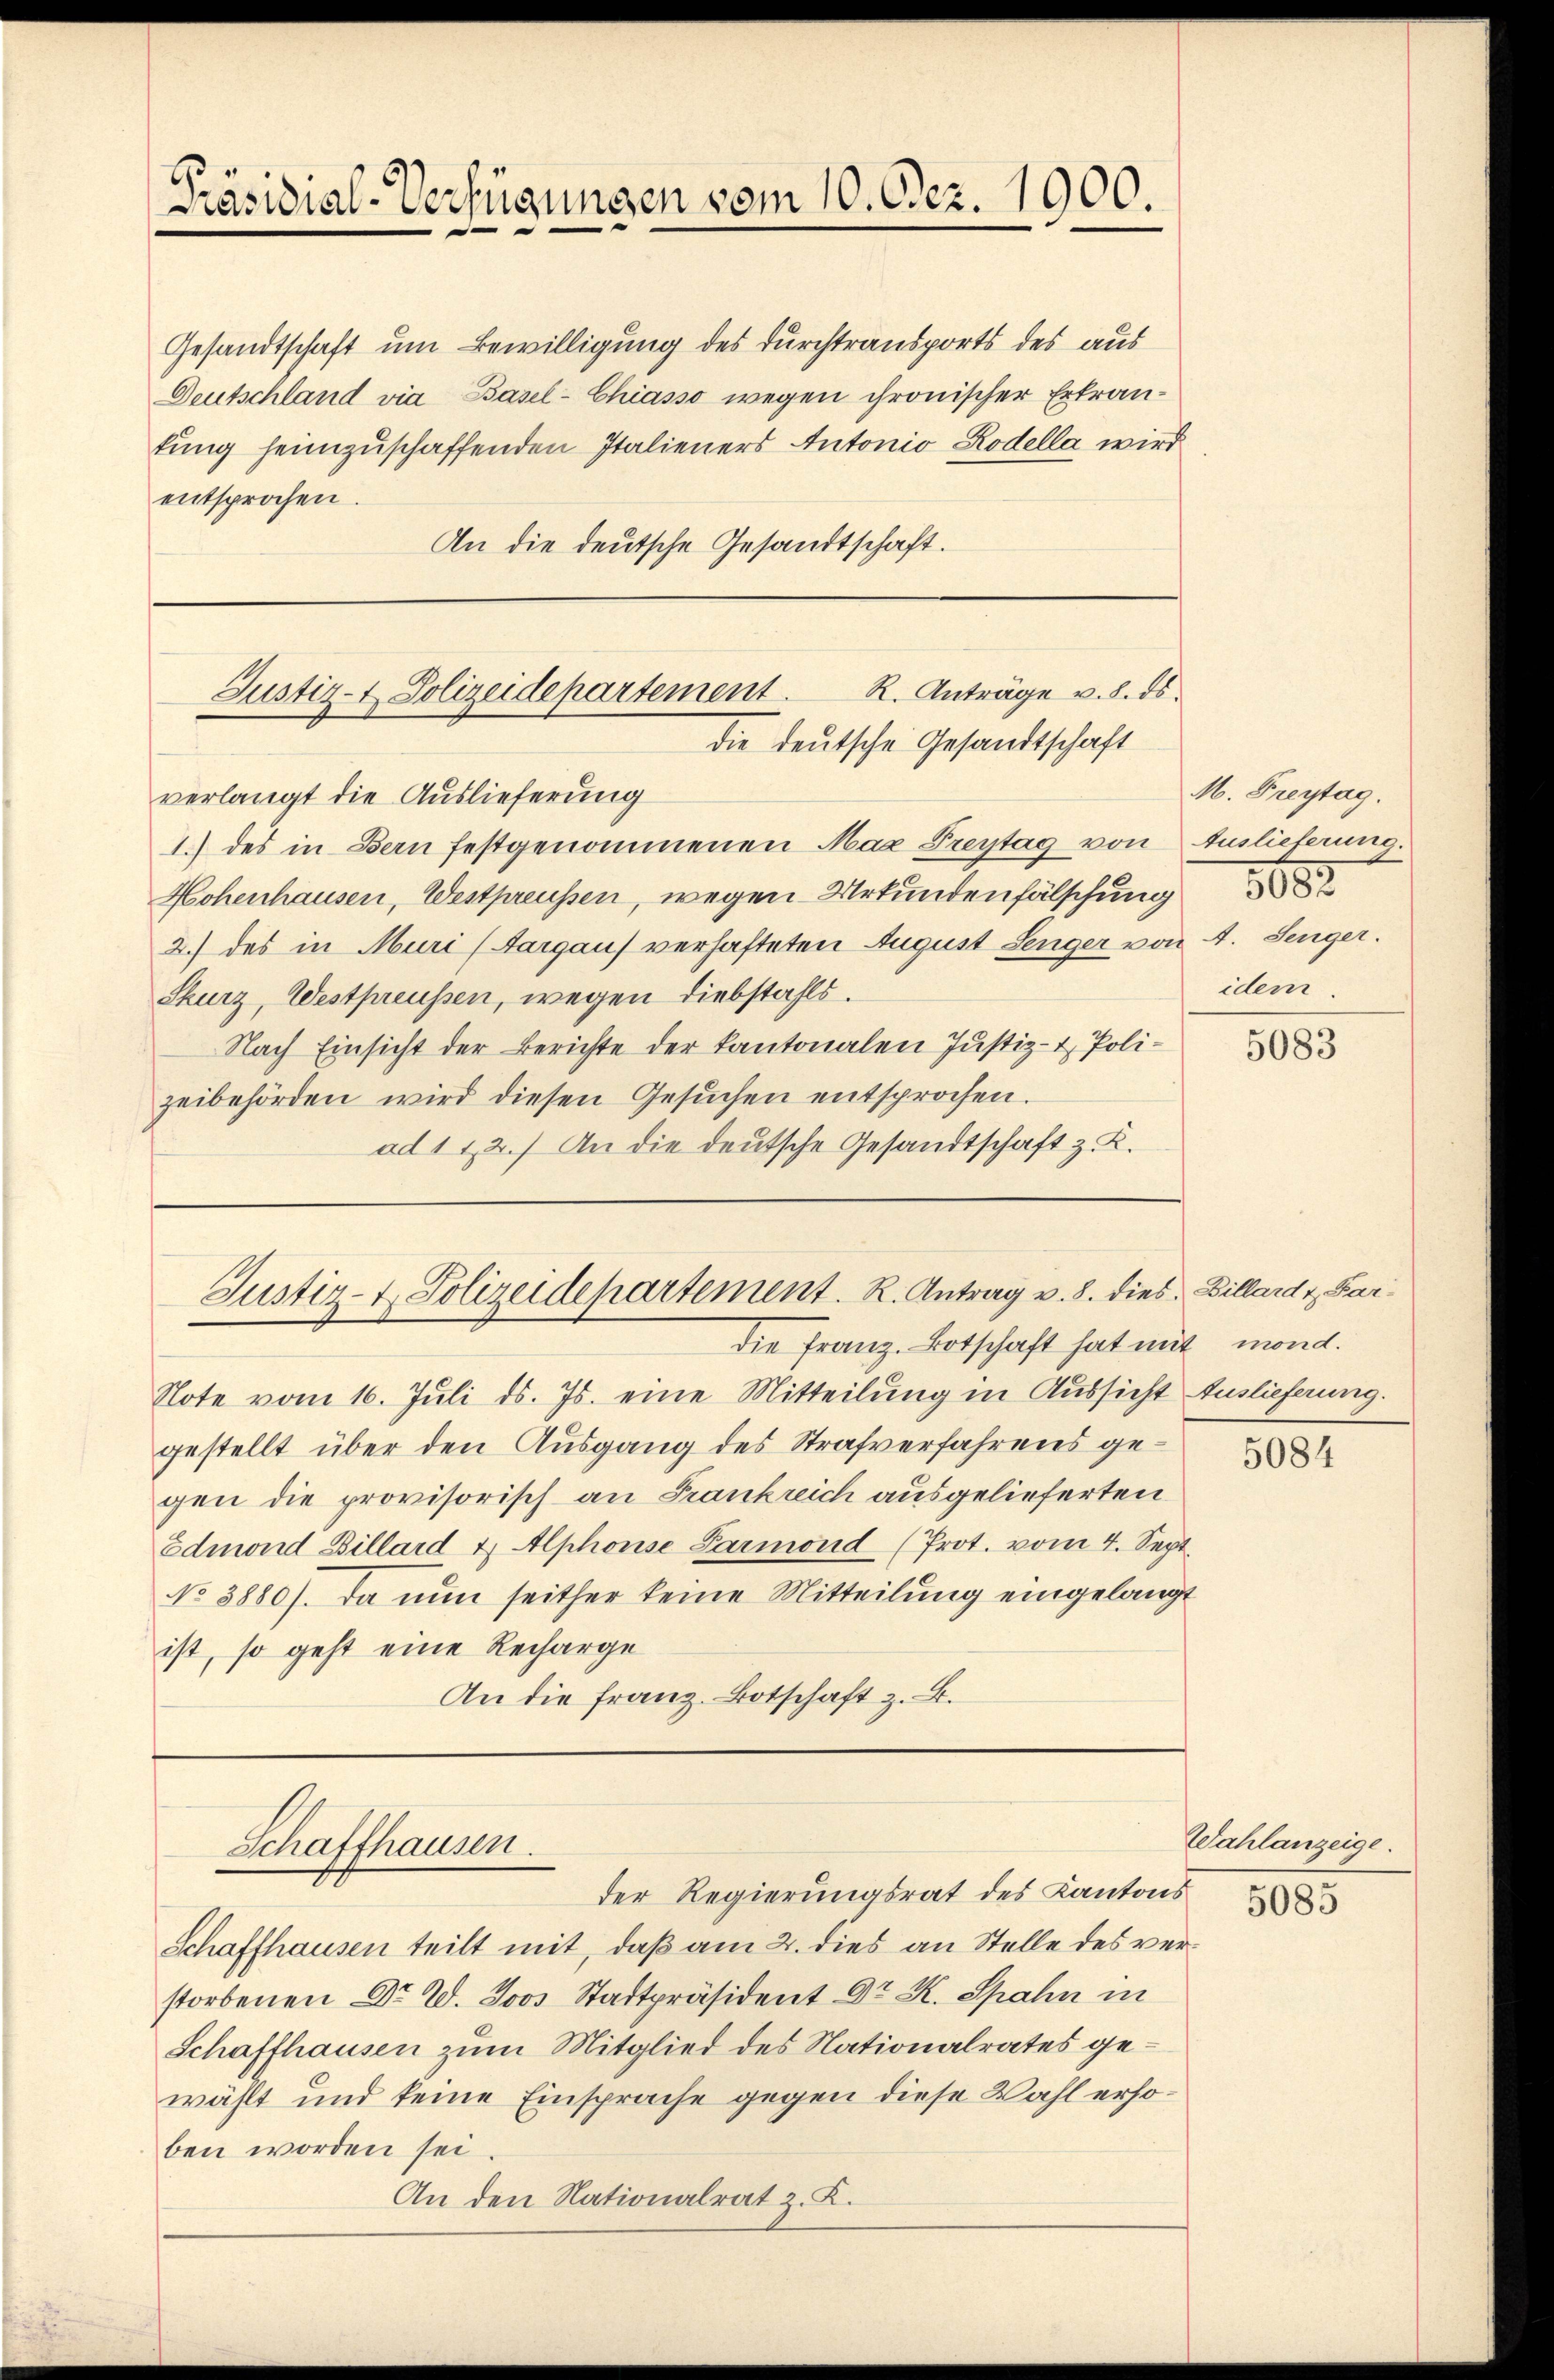
Präsidial-Verfügungen vom 10. Dez. 1900.

Gesandtschaft um Bewilligung des Durchtransports des aus
Deutschland via Basel-Chiasso wegen chronischer Erkrantung heimzuschaffenden Italieners Antonio Rodella wird
entsprochen.
An die deutsche Gesandtschaft.

verlangt die Auslieferung
1.) des in Bern festgenommenen Max Freytag von
Hohenhausen, Westpreussen, wegen Urkundenfälschung
2.) des in Muri (Aargau) verhafteten August Lenger von 4. Senger.
Skurz, Westpreussen, wegen Diebstahls.
Nach Einsicht der Berichte der Kantonalen Justiz- & Polizeibehörden wird diesen Gesŭchen entsprochen.
ad 112.) An die deutsche Gesandtschaft z. B.

R. Anträge v. 8. ds.
Justiz- & Polizeidepartement.
die deutsche Gesandtschaft

die Franz. Botschaft hat mit mond.
Note vom 16. Juli d. Js. eine Mitteilung in Aussicht Auslieferung.
gestellt über den Ausgang des Strafverfahrens gegen die provisorisch an Frankreich ausgelieferten
Edmond Billard & Alphonse Parmond (Prot. vom 4. Sept.
No 3880). Da nun seither keine Mitteilung eingelangt
ist, so geht eine Recharge
An die franz. Botschaft z. B.

Justiz- & Polizeidepartement. R. Antrag v. 8. dies Billard & Far¬

der Regierungsrat des Kantons
Schaffhausen teilt mit, daß am 2. dies an Stelle des verstorbenen Dr. W. Joos Stadtpräsident Dr. K. Spahn in
Schaffhausen zum Mitglied des Nationalrates gewählt und keine Einsprache gegen diese Wahl erhoben worden sei
An den Nationalrat z. K.

Schaffhausen.

M. Freytag.
Auslieferung.
5682
idem

5083

5084

Wahlanzeige.

5085